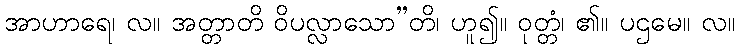
အာဟာရေ၊ လ။ အတ္တာတိ ဝိပလ္လာသော”တိ၊ ဟူ၍။ ဝုတ္တံ၊ ၏။ ပဌမေ။ လ။